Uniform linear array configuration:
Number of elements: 8
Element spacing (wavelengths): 0.75
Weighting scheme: uniform
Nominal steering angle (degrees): -30
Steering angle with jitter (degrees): -31.095
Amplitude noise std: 0.05
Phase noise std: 0.05

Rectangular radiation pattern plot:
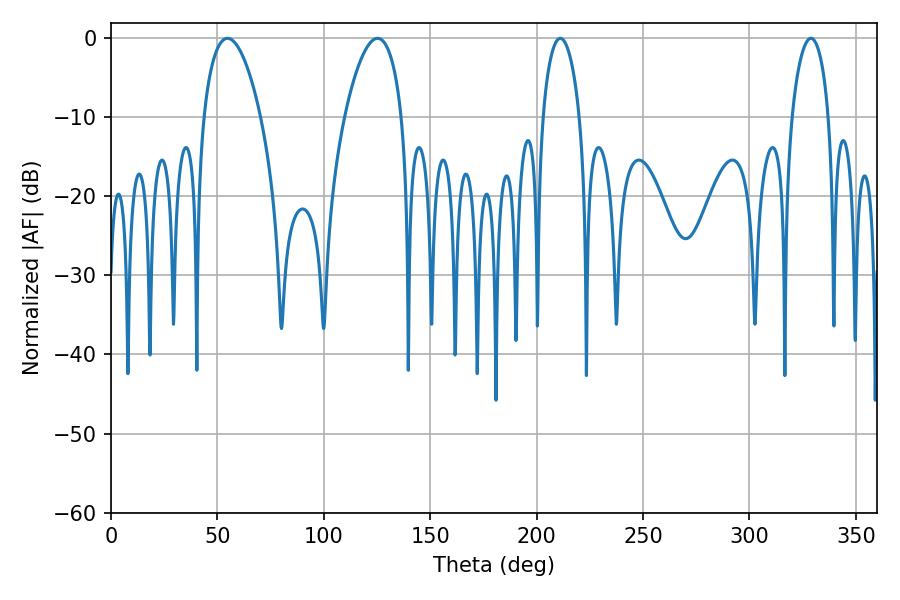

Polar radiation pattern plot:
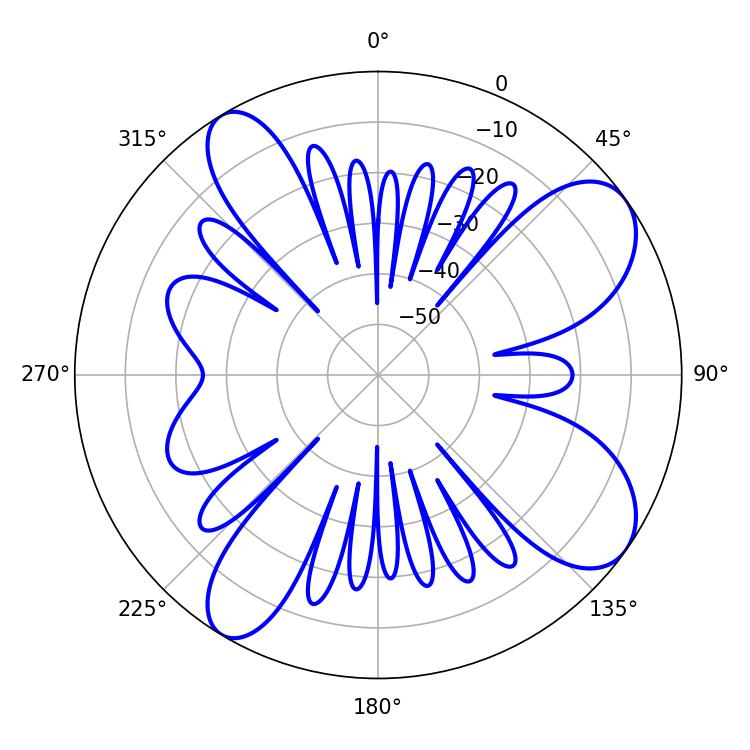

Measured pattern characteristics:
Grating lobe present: TRUE
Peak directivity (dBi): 8.969
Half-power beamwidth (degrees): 15.12
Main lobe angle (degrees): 125.28